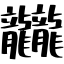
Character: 龖